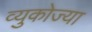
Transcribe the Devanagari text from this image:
व्युकोज्या